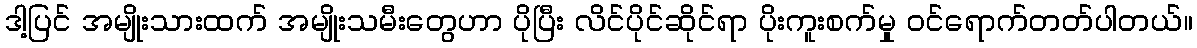
ဒါ့ပြင် အမျိုးသားထက် အမျိုးသမီးတွေဟာ ပိုပြီး လိင်ပိုင်ဆိုင်ရာ ပိုးကူးစက်မှု ဝင်ရောက်တတ်ပါတယ်။